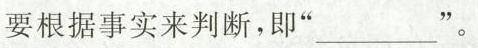
要根据事实来判断，即”___'。